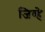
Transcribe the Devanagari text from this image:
जिव्हे